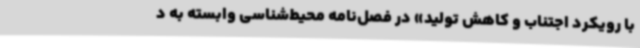
با رویکرد اجتناب و کاهش تولید» در فصل‌نامه محیط‌شناسی وابسته به د